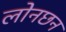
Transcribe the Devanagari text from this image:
लोनछन